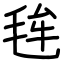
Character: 毪